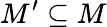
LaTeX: M^{\prime}\subseteq M